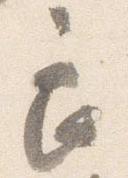
良